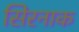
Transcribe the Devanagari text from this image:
सिरनाक